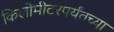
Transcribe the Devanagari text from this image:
किलोमीटरपर्यंतच्या